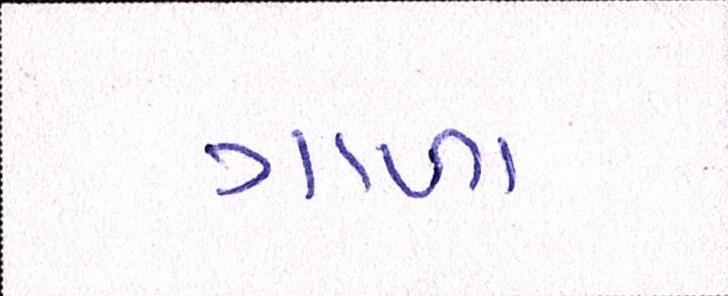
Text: ગાળા